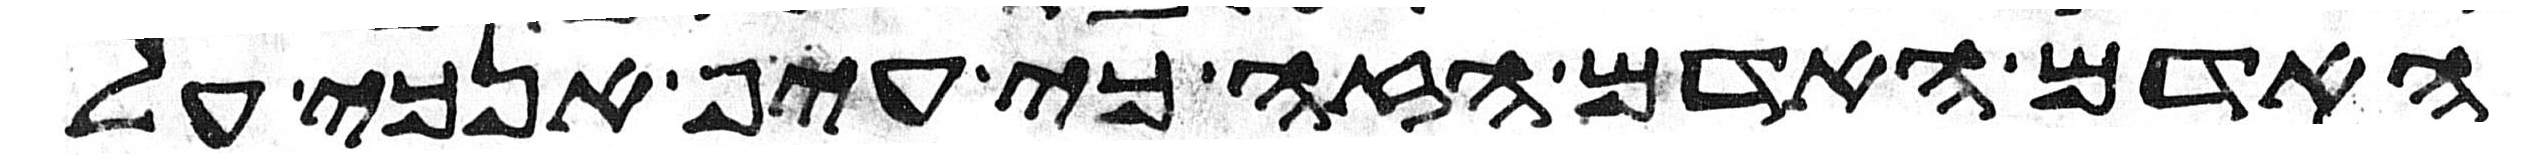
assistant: האדום האדם הזה כי עיף אנכי על